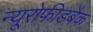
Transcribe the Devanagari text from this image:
न्यूरोफीडबैक